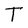
Character: T